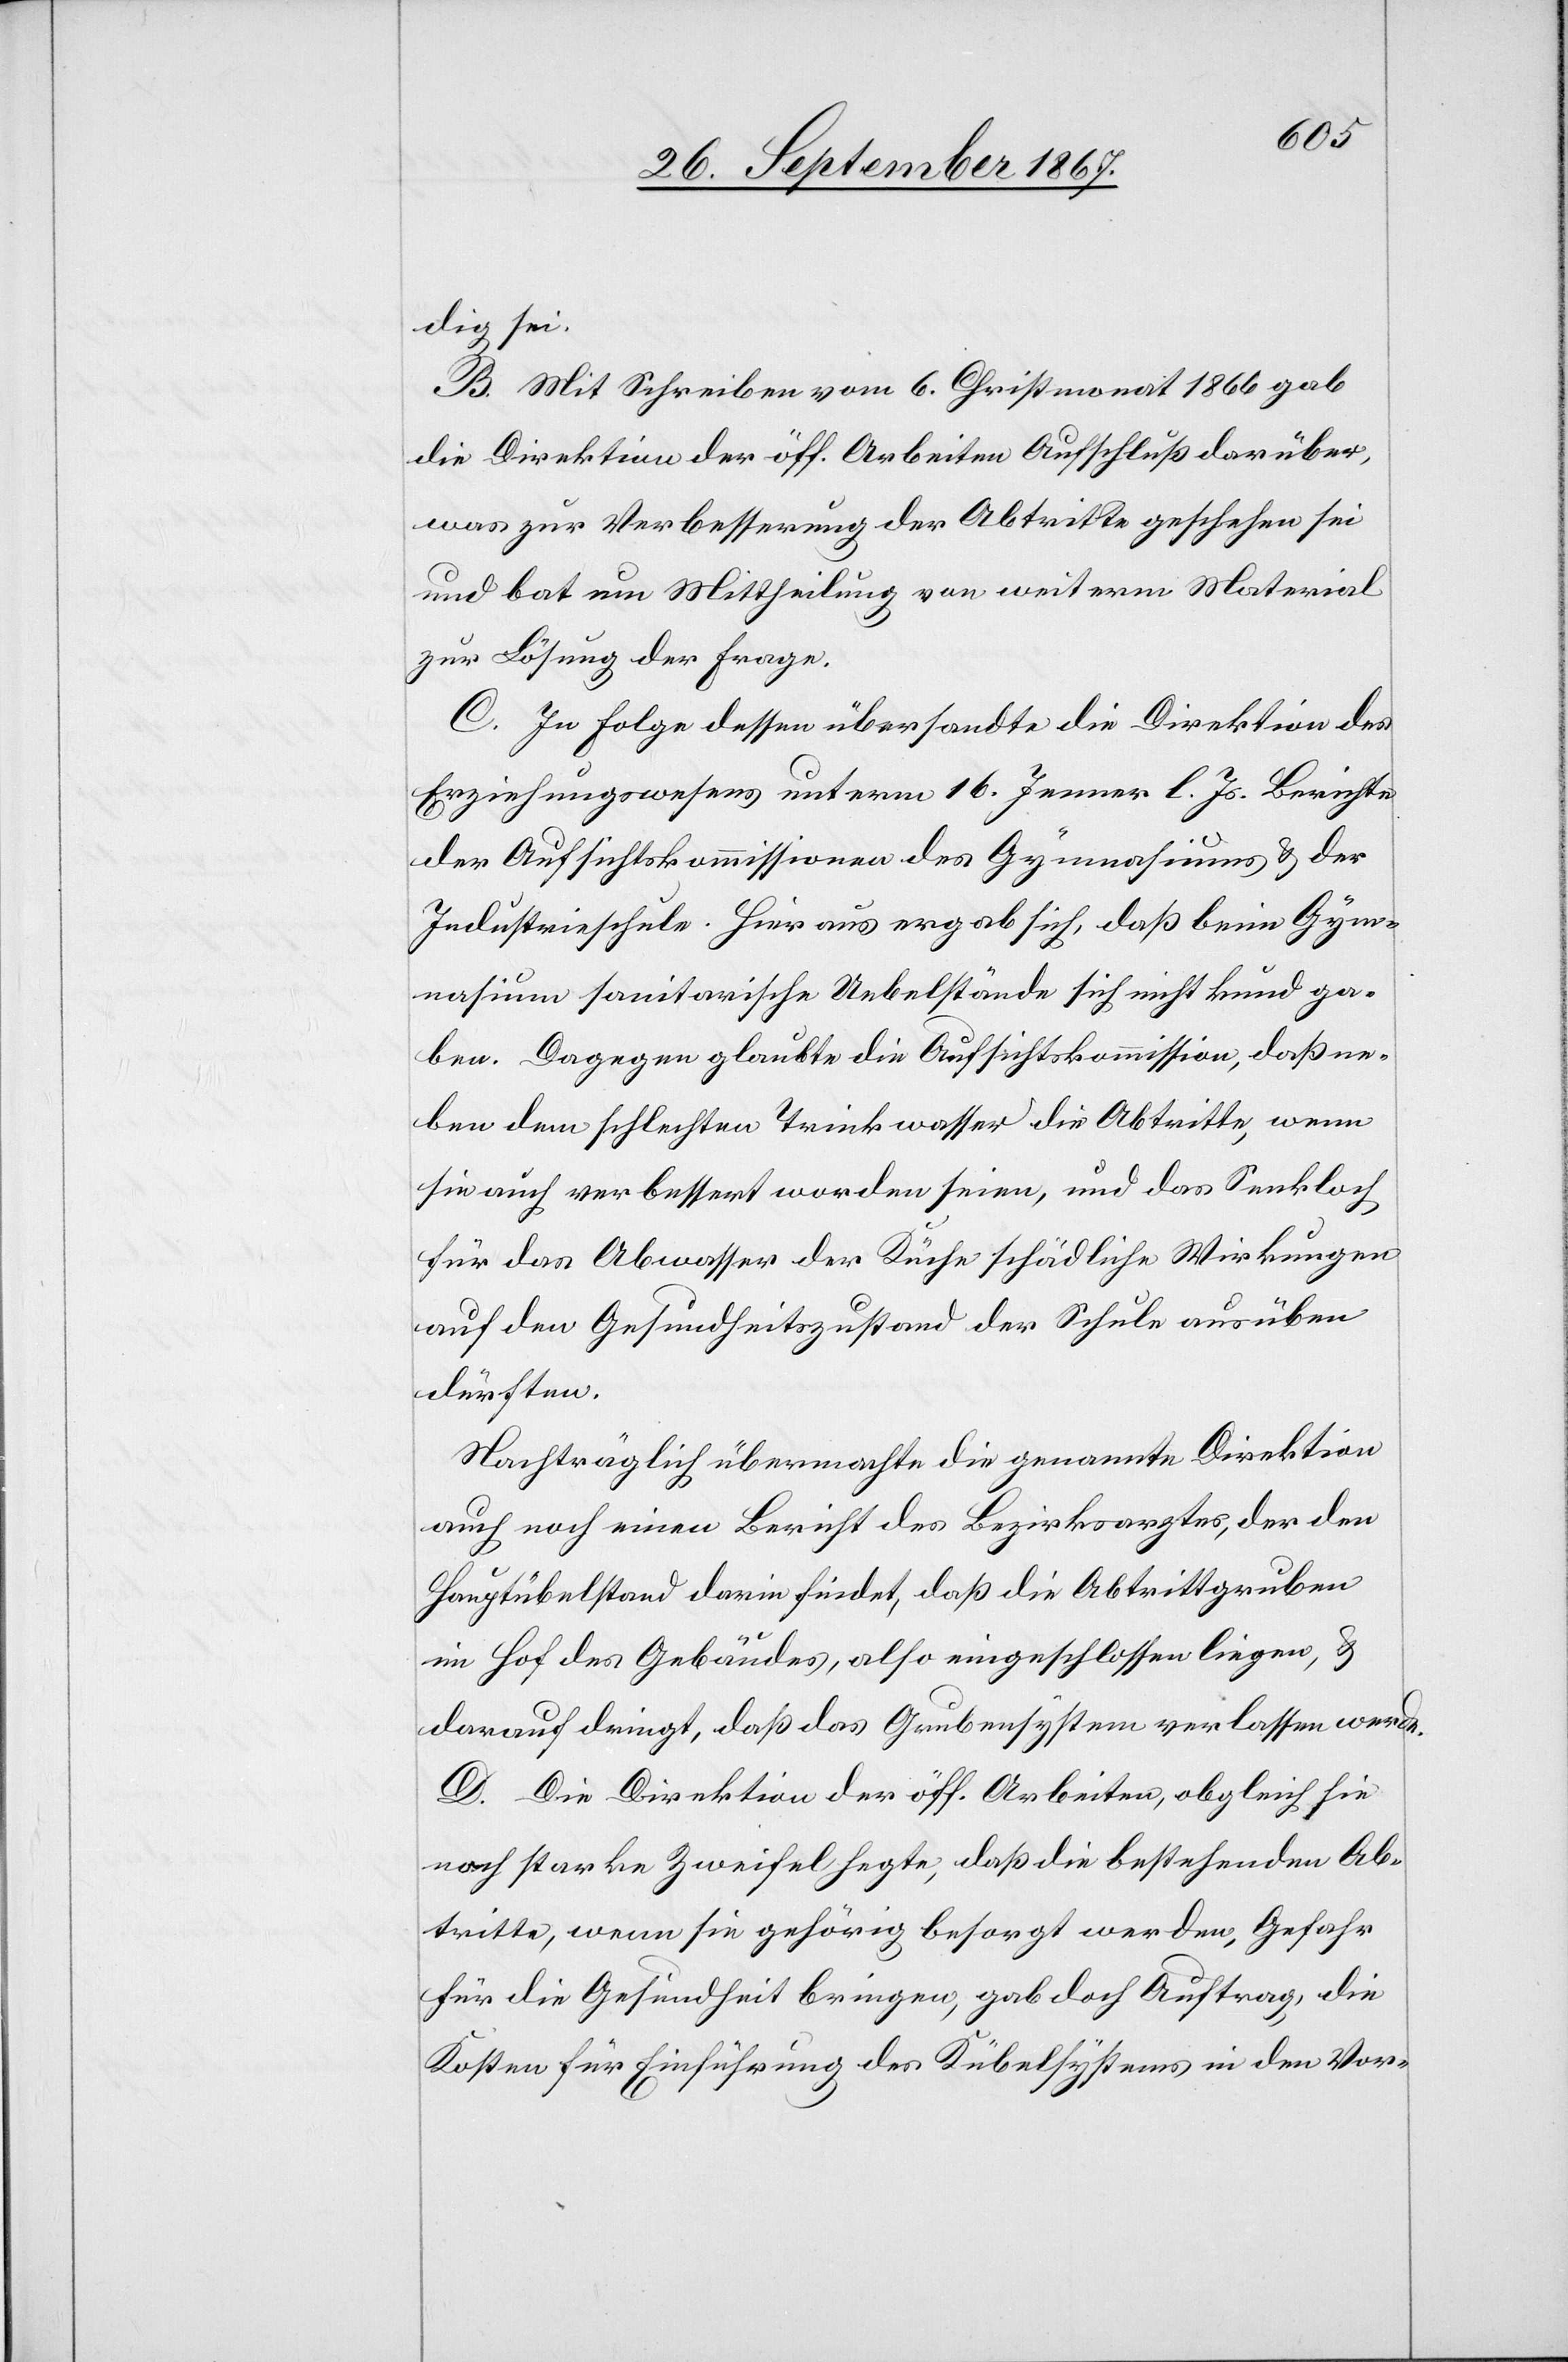
dig sei.
B. Mit Schreiben vom 6. Christmonat 1866 gab
die Direktion der öff. Arbeiten Aufschluß darüber,
was zur Verbesserung der Abtritte geschehen sei
und bat um Mittheilung von weiterm Material
zur Lösung der Frage.
C. In Folge dessen übersandte die Direktion des
Erziehungswesens unterm 16. Jenner l. Js. Berichte
der Aufsichtskommissionen des Gymnasiums u. der
Industrieschule. Hier aus ergab sich, daß beim Gym¬
nasium sanitarische Uebelstände sich nicht ga¬
ben. Dagegen glaubte die Aufsichtskommission, daß ne¬
ben dem schlechten Trinkwasser die Abtritte, wenn
sie auch verbessert worden seien, und das Senkloch
für das Abwasser der Küche schädliche Wirkungen
auf den Gesundheitszustand der Schule ausüben
dürften.
Nachträglich übermachte die genannte Direktion
auch noch einen Bericht des Bezirksrathes, der den
Hauptübelstand darin findet, daß die Abtrittgruben
im Hof des Gebäude, also eingeschlossen liegen, u.
darauf dringt, daß das Grubensystem verlassen werde.
D. Die Direktion der öff. Arbeiten, obgleich sie
noch starke Zweifel hegte, daß die bestehenden Ab¬
tritte, wenn sie gehörig besorgt werden, Gefahr
für die Gesundheit bringen, gab doch Auftrag, die
Kosten für Einführung des Kübelsystems in den Vor-